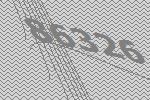
86326